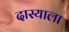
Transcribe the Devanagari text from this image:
दास्याला